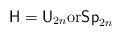
LaTeX: \begin{align*} {\sf H} = {\sf U}_{2n} {\rm or } {\sf Sp}_{2n}\end{align*}